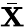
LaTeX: \bar{\mathbf X}